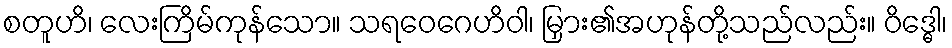
စတူဟိ၊ လေးကြိမ်ကုန်သော။ သရဝေဂေဟိဝါ၊ မြှား၏အဟုန်တို့သည်လည်း။ ဝိဒ္ဓေါ၊